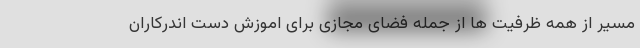
مسیر از همه ظرفیت ها از جمله فضای مجازی برای اموزش دست اندرکاران